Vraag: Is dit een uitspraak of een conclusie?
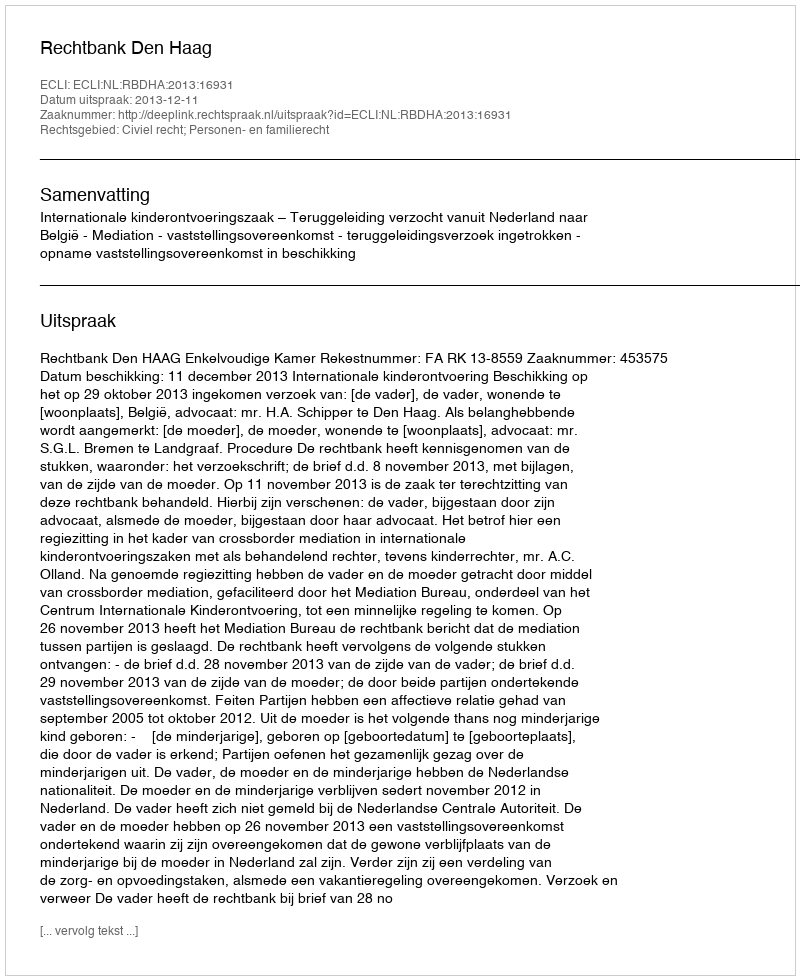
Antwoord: Uitspraak